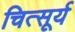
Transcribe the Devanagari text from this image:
चित्सूर्य